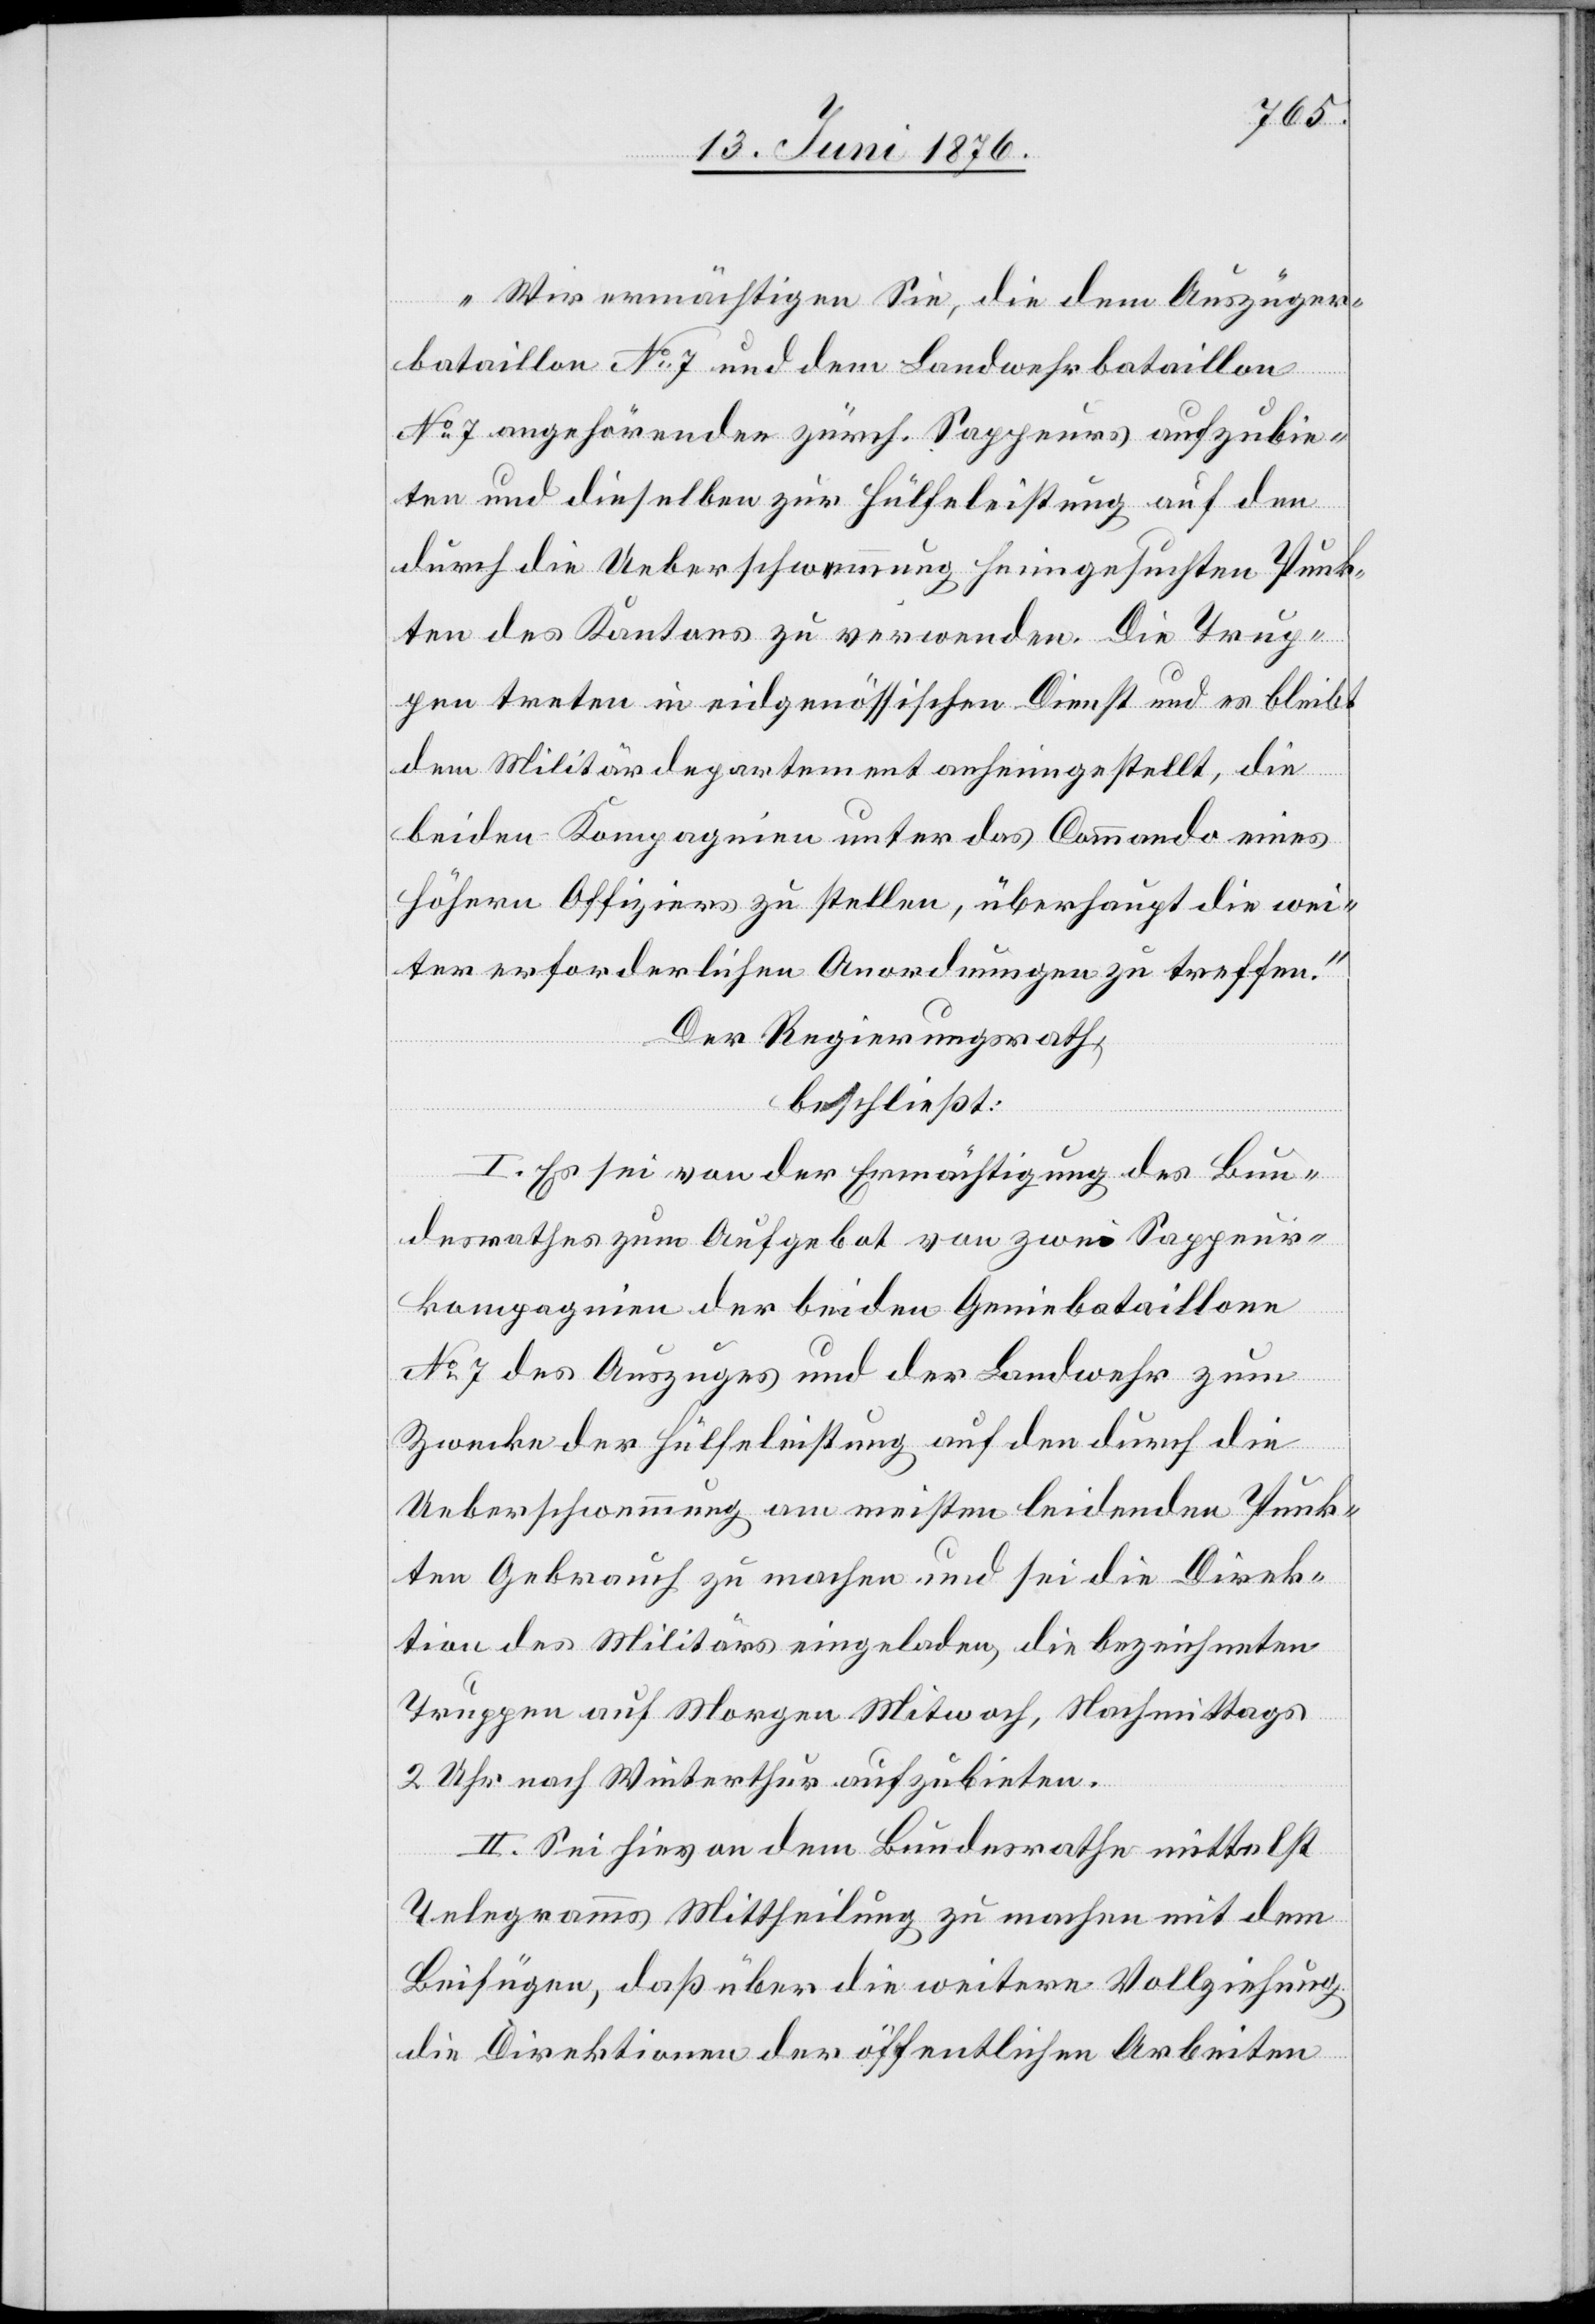
„Wir ermächtigen Sie, die dem Auszüger¬
bataillon No 7 und dem Landwehrbataillon
No 7 angehörenden zürch. Sappeurs aufzubie¬
ten und dieselben zur Hülfeleistung auf den
durch die Ueberschwemmung heimgesuchten Punk¬
ten des Kantons zu verwenden. Die Trup¬
pen treten in eidgenössischen Dienst und es bleibt
dem Militärdepartement anheimgestellt, die
beiden Kompagnien unter das Commando eines
höhern Offiziers zu stellen, überhaupt die wei¬
ter erforderlichen Anordnungen zu treffen.“
Der Regierungsrath,
beschließt:
I. Es sei von der Ermächtigung des Bun¬
desrathes zum Aufgebot von zwei Sappeur¬
kompagnien der beiden Geniebataillone
No 7 des Auszuges und der Landwehr zum
Zwecke der Hülfeleistung auf den durch die
Ueberschwemmung am meisten leidenden Punk¬
ten Gebrauch zu machen und sei die Direk¬
tion des Militärs eingeladen, die bezeichneten
Truppen auf Morgen Mitwoch, Nachmittags
2 Uhr nach Winterthur aufzubieten.
II. Sei hievon dem Bundesrathe mittelst
Telegramms Mittheilung zu machen mit dem
Beifügen, daß über die weitere Vollziehung
die Direktionen der öffentlichen Arbeiten